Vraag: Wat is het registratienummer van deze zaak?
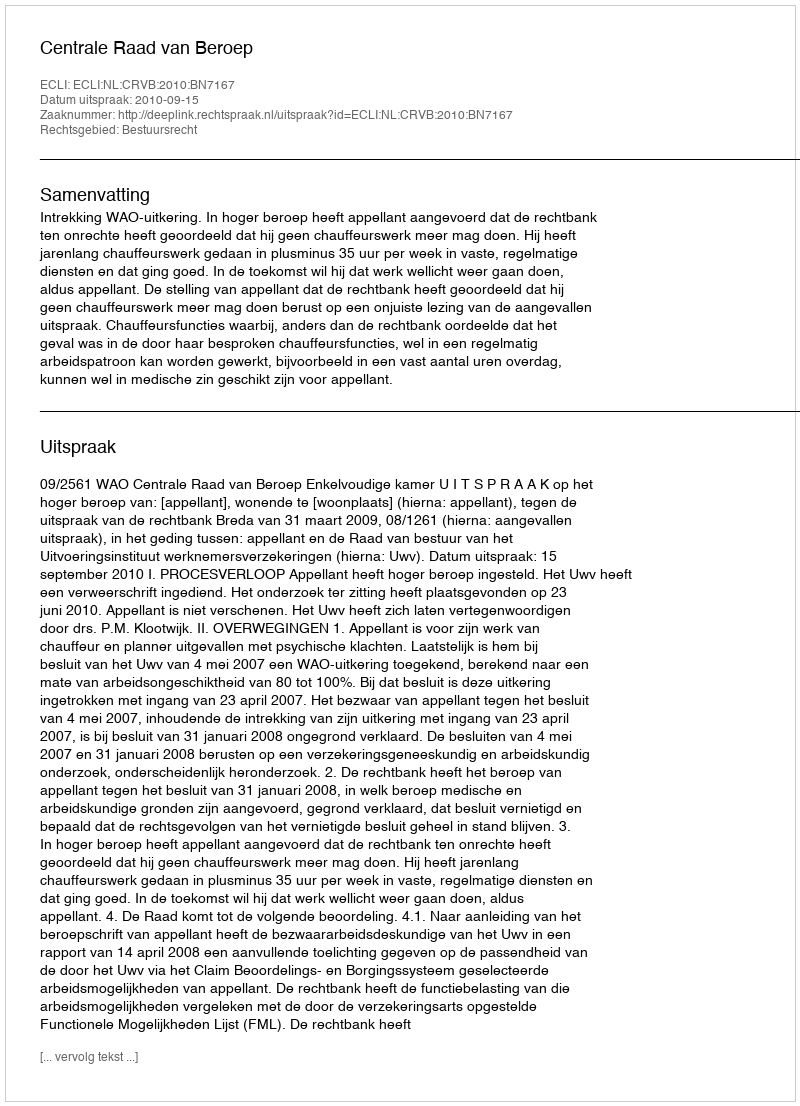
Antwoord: http://deeplink.rechtspraak.nl/uitspraak?id=ECLI:NL:CRVB:2010:BN7167